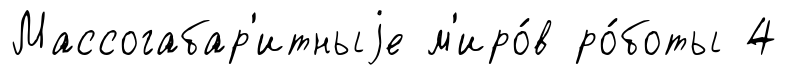
Массогабар'итныjе м'иро́в ро́боты 4